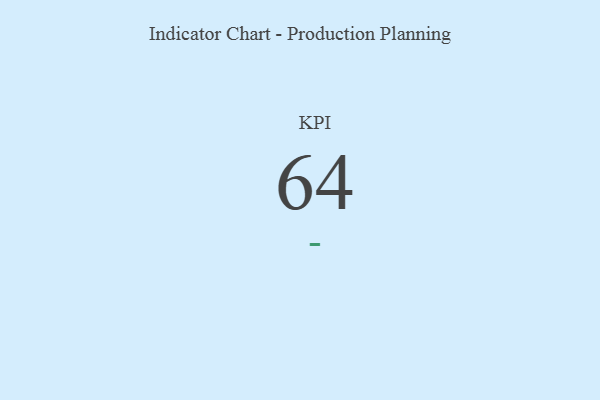
{"axis": {"x": "KPI", "y": "Value"}, "legend": [""], "data": [{"x": "KPI", "y": 64, "type": ""}]}